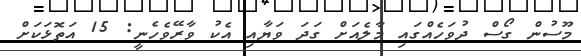
މޫސުން ގޯސް ދުވަހެއްގައި މާލެއަށް ގަދަ ވަޔާއި އެކު ވާރޭވެހެނީ: 15 އަތޮޅަކަށް